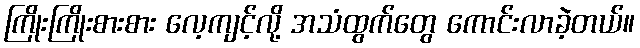
ကြိုးကြိုးစားစား လေ့ကျင့်လို့ အသံထွက်တွေ ကောင်းလာခဲ့တယ်။